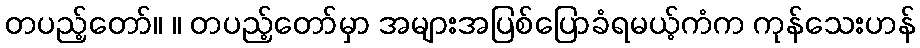
တပည့်တော်။ ။ တပည့်တော်မှာ အများအပြစ်ပြောခံရမယ့်ကံက ကုန်သေးဟန်